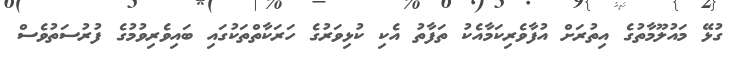
ގުޅޭ މައުލޫމާތުގެ އިތުރަށް އުފާވެރިކަމާއެކު ތަފާތު އެކި ކުޅިވަރުގެ ހަރަކާތްތަކުގައި ބައިވެރިވުމުގެ ފުރުސަތުވެސް